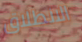
الانطلاق